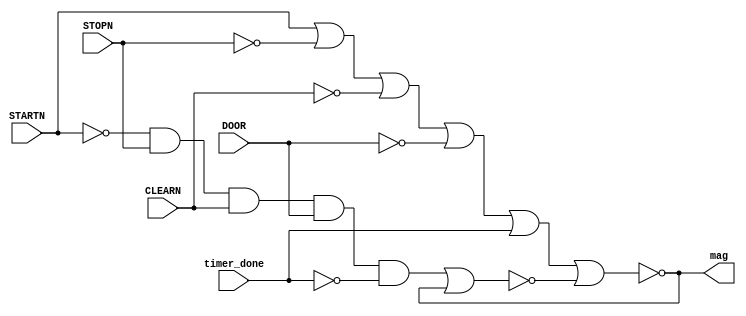
module mag_on(
  input wire STARTN, STOPN, CLEARN, DOOR, timer_done,
  output wire mag
);
  
  wire nq, SET, RESET;
  
  assign RESET = STARTN | !STOPN | !CLEARN | !DOOR | timer_done;
  assign SET = !STARTN & STOPN & CLEARN & DOOR & !timer_done;
  
  nor g1(mag, RESET, nq);
  nor g2(nq, SET, mag);
endmodule